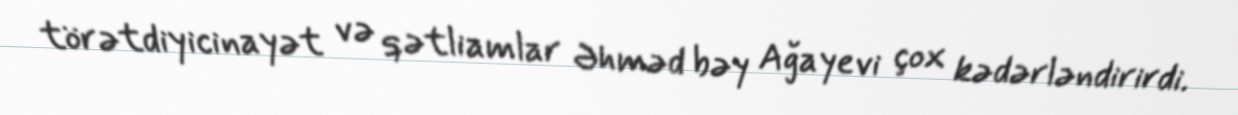
törətdiyicinayət və qətliamlar Əhməd bəy Ağayevi çox kədərləndirirdi.